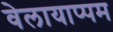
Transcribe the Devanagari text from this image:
वेलायाप्पम